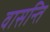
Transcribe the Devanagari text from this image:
वासन्ति